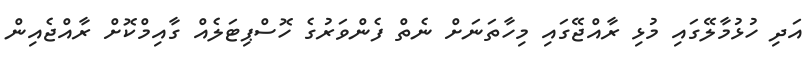
އަދި ހުޅުމާލޭގައި މުޅި ރާއްޖޭގައި މިހާތަނަށް ނެތް ފެންވަރުގެ ހޮސްޕިޓަލެއް ގާއިމްކޮށް ރާއްޖެއިން